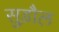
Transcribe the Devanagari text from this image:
सुड़ौल